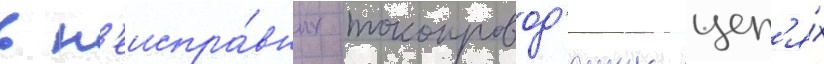
в н'еиспра́вных токопровод'ящих цеп'я́х